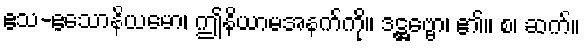
ဧသ-ဧသောနိယမော၊ ဤနိယာမအနက်ကို။ ဒဋ္ဌဗ္ဗော၊ ၏။ စ၊ ဆက်။